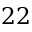
2 2